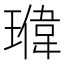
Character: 𬎉